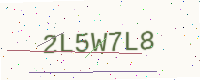
Text: 2L5W7L8